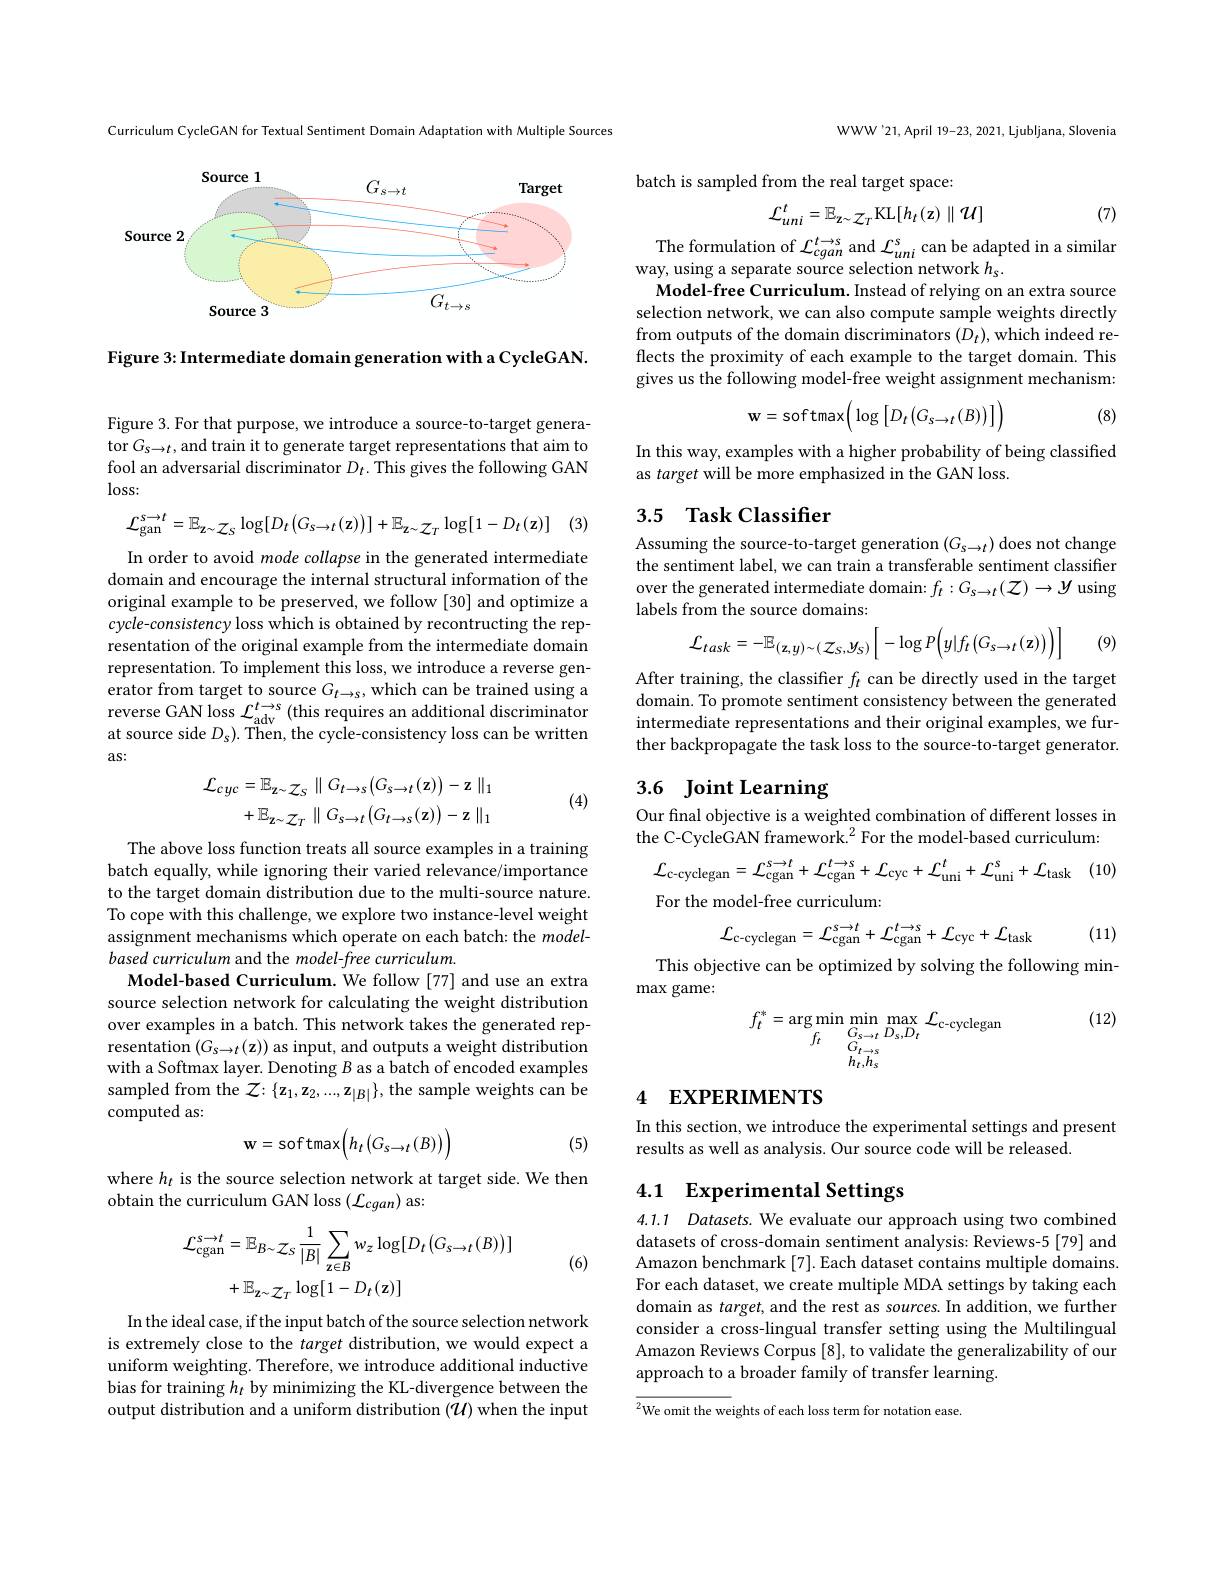
Curriculum CycleGAN for Textual Sentiment Domain Adaptation with Multiple Sources

<FigureHere>

Figure 3: Intermediate domain generation with a CycleGAN.

Figure 3. For that purpose, we introduce a source-to-target generator $G_{s\to t}$, and train it to generate target representations that aim to fool an adversarial discriminator $D_t.$ This gives the following GAN $\log$ss:

(3)
$$\mathcal{L}_{\mathrm{gan}}^{s\to t}=\mathbb{E}_{\mathrm{z}\sim\mathcal{Z}_{S}}\log[D_{t}\big(G_{s\to t}(\mathrm{z})\big)]+\mathbb{E}_{\mathrm{z}\sim\mathcal{Z}_{T}}\log[1-D_{t}(\mathrm{z})]$$
In order to avoid mode collapse in the generated intermediate domain and encourage the internal structural information of the original example to be preserved, we follow [30] and optimize a cycle-consistency loss which is obtained by recontructing the representation of the original example from the intermediate domain representation. To implement this loss, we introduce a reverse generator from target to source $G_{t\to s}$, which can be trained using a reverse GAN loss $\mathcal{L}_\mathrm{adv}^{t\to s}$ (this requires an additional discriminator at source side $D_s).$ Then, the cycle-consistency loss can be written as:
$$\begin{aligned}\mathcal{L}_{cyc}&=\mathbb{E}_{\mathbf{z}\sim\mathcal{Z}_{S}}\parallel G_{t\to s}\big(G_{s\to t}(\mathbf{z})\big)-\mathbf{z}\parallel_{1}\\&+\mathbb{E}_{\mathbf{z}\sim\mathcal{Z}_{T}}\parallel G_{s\to t}\big(G_{t\to s}(\mathbf{z})\big)-\mathbf{z}\parallel_{1}\end{aligned}$$
(4)

The above loss function treats all source examples in a training batch equally, while ignoring their varied relevance/importance to the target domain distribution due to the multi-source nature. To cope with this challenge, we explore two instance-level weight assignment mechanisms which operate on each batch: the $model-$ based curriculum and the model-free curriculum.
Model-based Curriculum. We follow [77] and use an extra source selection network for calculating the weight distribution over examples in a batch. This network takes the generated representation $(G_{s\rightarrow t}(\mathbf{z}))$ as input, and outputs a weight distribution with a Softmax layer. Denoting $B$ as a batch of encoded examples sampled from the $\mathcal{Z}:\{\mathbf{z}_1,\mathbf{z}_2,...,\mathbf{z}_{|B|}\}$, the sample weights can be computed as:

(5)
$$\mathbf{w}=\mathrm{softmax}\Big(h_{t}\big(G_{s\rightarrow t}(B)\big)\Big)$$
where $h_t$ is the source selection network at target side. We then
obtain the curriculum GAN loss ( Lcgan) as:
$$\begin{aligned}\mathcal{L}_{\mathrm{cgan}}^{s\to t}&=\mathbb{E}_{B\sim\mathcal{Z}_{S}}\frac{1}{|B|}\sum_{\mathrm{z}\in B}w_{z}\log[D_{t}\big(G_{s\to t}(B)\big)]\\&+\mathbb{E}_{\mathbf{z}\sim\mathcal{Z}_{T}}\log[1-D_{t}(\mathbf{z})]\end{aligned}$$
(6)

In the ideal case, if the input batch of the source selection network is extremely close to the target distribution, we would expect a uniform weighting. Therefore, we introduce additional inductive bias for training $h_t$ by minimizing the KL-divergence between the output distribution and a uniform distribution $(\mathcal{U})$ when the input

WWW'21,April 19-23, 2021, Ljubljana, Slovenia

batch is sampled from the real target space:
$$\mathcal{L}_{uni}^{t}=\mathbb{E}_{\mathbf{z}\sim\mathcal{Z}_{T}}\mathrm{KL}[h_{t}(\mathbf{z})\parallel\mathcal{U}]$$
(7)

The formulation of $\mathcal{L}_cgan^{t\to s}$ and $\mathcal{L}_uni^s$ can be adapted in a similar
way, using a separate source selection network $h_s.$
Model-free Curriculum. Instead of relying on an extra source selection network, we can also compute sample weights directly from outputs of the domain discriminators $(D_t)$,which indeed reflects the proximity of each example to the target domain. This gives us the following model-free weight assignment mechanism:

(8)
$$\mathbf{w}=\mathrm{softmax}\Big(\log\left[D_{t}\left(G_{s\to t}\left(B\right)\right)\right]\Big)$$
In this way, examples with a higher probability of being classified
as target will be more emphasized in the GAN loss.

## 3.5 Task Classifier

Assuming the source-to-target generation $(G_s\to t)$ does not change the sentiment label, we can train a transferable sentiment classifier over the generated intermediate domain: $f_t:G_{s\to t}(\mathcal{Z})\to\mathcal{Y}$ using labels from the source domains:
$$\mathcal{L}_{task}=-\mathbb{E}_{(\mathbf{z},y)\sim(\mathcal{Z}_{S},\mathcal{Y}_{S})}\Big[-\log P\Big(y|f_{t}\big(G_{s\to t}(\mathbf{z})\big)\Big)\Big]$$
(9)

After training, the classiffer $f_t$ can be directly used in the target domain. To promote sentiment consistency between the generated intermediate representations and their original examples, we fur- $\hat{\text{ther backpropagate the task loss to the source-to-target generator.}}$

# 3.6 Joint Learning

Our final objective is a weighted combination of different losses in the C-CycleGAN framework.$^2$For the model-based curriculum:

(10)
$${\mathcal L}_{\mathrm{c-cyclegan}}={\mathcal L}_{\mathrm{cgan}}^{s\rightarrow t}+{\mathcal L}_{\mathrm{cgan}}^{t\rightarrow s}+{\mathcal L}_{\mathrm{cyc}}+{\mathcal L}_{\mathrm{uni}}^{t}+{\mathcal L}_{\mathrm{uni}}^{s}+{\mathcal L}_{\mathrm{task}}$$
For the model-free curriculum:
$$\mathcal{L}_{\mathrm{c-cyclegan}}=\mathcal{L}_{\mathrm{cgan}}^{s\to t}+\mathcal{L}_{\mathrm{cgan}}^{t\to s}+\mathcal{L}_{\mathrm{cyc}}+\mathcal{L}_{\mathrm{task}}$$
(11)

This objective can be optimized by solving the following min-
$\max$game:

(12)
$$f_t^*=\underset{f_t}{\arg\min}\underset{G_{s\to t}}{\operatorname*{\min}}\underset{G_{t\to s}}{\operatorname*{\max}}\underset{G_{t\to s}}{\operatorname*{\max}}_{h_t,h_s}\mathcal{L}_{\mathrm{c-cyclegan}}$$
## 4 EXPERIMENTS

In this section, we introduce the experimental settings and present
results as well as analysis. Our source code will be released.

# 4.1 Experimental Settings

4.1.1 Datasets. We evaluate our approach using two combined datasets of cross-domain sentiment analysis: Reviews-5 [79] and Amazon benchmark [7]. Each dataset contains multiple domains. For each dataset, we create multiple MDA settings by taking each domain as target, and the rest as sources. In addition, we further consider a cross-lingual transfer setting using the Multilingual Amazon Reviews Corpus [8], to validate the generalizability of our approach to a broader family of transfer learning.

${\overline{{^2}\text{We omit the we}}}$ights of each loss term for notation ease.